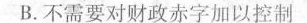
B.不需要对财政赤字加以控制